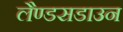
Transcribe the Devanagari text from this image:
लैण्डसडाउन